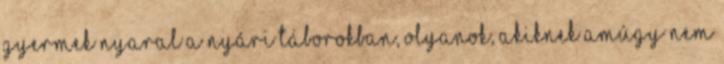
gyermek nyaral a nyári táborokban, olyanok, akiknek amúgy nem